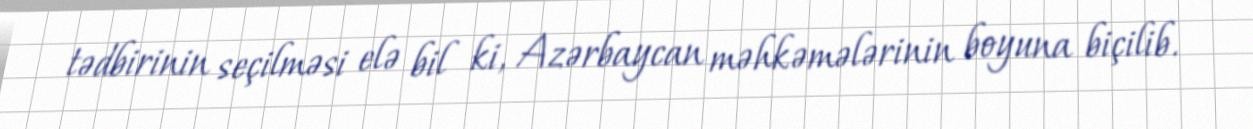
tədbirinin seçilməsi elə bil ki, Azərbaycan məhkəmələrinin boyuna biçilib.